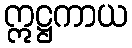
ဣဋ္ဌကာယ